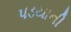
પડયાની